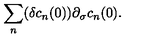
\sum _ { n } ( \delta c _ { n } ( 0 ) ) \partial _ { \sigma } c _ { n } ( 0 ) .